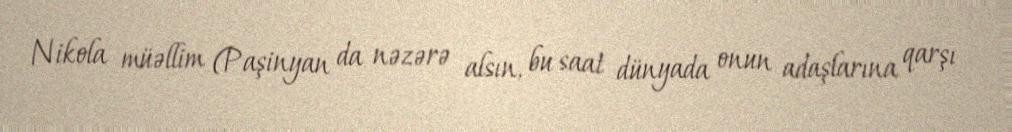
Nikola müəllim (Paşinyan da nəzərə alsın, bu saat dünyada onun adaşlarına qarşı